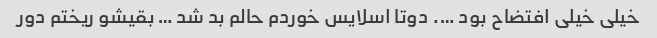
خیلی خیلی افتضاح بود …. دوتا اسلایس خوردم حالم بد شد … بقیشو ریختم دور